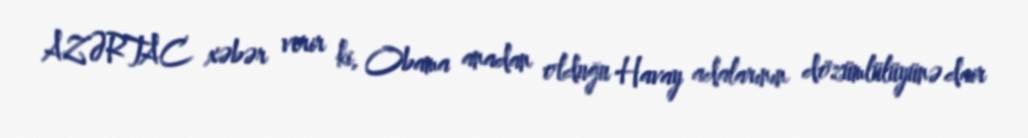
AZƏRTAC xəbər verir ki, Obama anadan olduğu Havay adalarının dözümlülüyünə dair